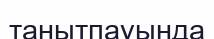
танытпауында